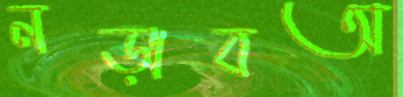
নড়াবঅ